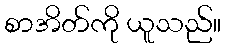
စာအိတ်ကို ယူသည်။